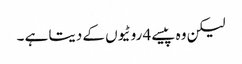
لیکن وہ پیسے 4 روٹیوں کے دیتا ہے ۔